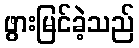
ဖွားမြင်ခဲ့သည်